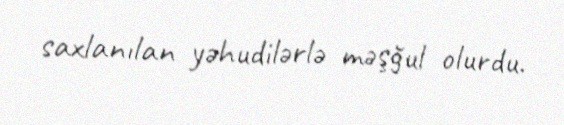
saxlanılan yəhudilərlə məşğul olurdu.